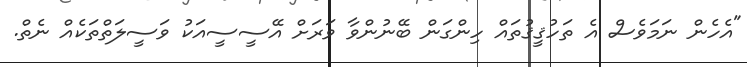
"އެހެން ނަމަވެސް އެ ތަހުޤީޤުތައް ހިންގަން ބޭނުންވާ ވަރަށް އޭސީސީއަކު ވަސީލަތްތަކެއް ނެތް.